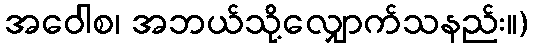
အဝေါစ၊ အဘယ်သို့လျှောက်သနည်း။)